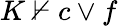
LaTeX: K\not\vdash c\vee f